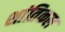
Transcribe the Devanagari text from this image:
शांतिकल